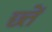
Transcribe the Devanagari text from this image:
छ्तें